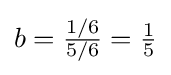
b={\tfrac {1/6}{5/6}}={\tfrac {1}{5}}